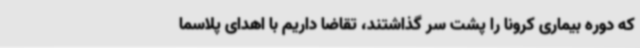
که دوره بیماری کرونا را پشت سر گذاشتند، تقاضا داریم با اهدای پلاسما